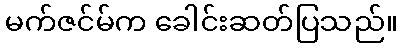
မက်ဇင်မ်က ခေါင်းဆတ်ပြသည်။